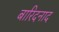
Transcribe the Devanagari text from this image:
बारिदनाद